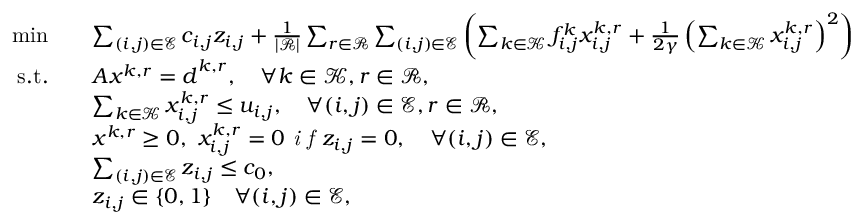
\begin{array} { r l r } { \operatorname* { m i n } \quad } & { \sum _ { ( i , j ) \in \mathcal { E } } c _ { i , j } z _ { i , j } + \frac { 1 } { | \mathcal { R } | } \sum _ { r \in \mathcal { R } } \sum _ { ( i , j ) \in \mathcal { E } } \left( \sum _ { k \in \mathcal { K } } f _ { i , j } ^ { k } x _ { i , j } ^ { k , r } + \frac { 1 } { 2 \gamma } \left( \sum _ { k \in \mathcal { K } } x _ { i , j } ^ { k , r } \right) ^ { 2 } \right) } & \\ { \mathrm { s . t . } \quad } & { \boldsymbol { A } \boldsymbol { x } ^ { k , r } = \boldsymbol { d } ^ { k , r } , \quad \forall k \in \mathcal { K } , r \in \mathcal { R } , } \\ { \quad } & { \sum _ { k \in \mathcal { K } } x _ { i , j } ^ { k , r } \leq u _ { i , j } , \quad \forall ( i , j ) \in \mathcal { E } , r \in \mathcal { R } , } \\ & { \boldsymbol { x } ^ { k , r } \geq 0 , \ x _ { i , j } ^ { k , r } = 0 \textit { i f } z _ { i , j } = 0 , \quad \forall ( i , j ) \in \mathcal { E } , } \\ { \quad } & { \sum _ { ( i , j ) \in \mathcal { E } } z _ { i , j } \leq c _ { 0 } , } \\ { \quad } & { z _ { i , j } \in \{ 0 , 1 \} \quad \forall ( i , j ) \in \mathcal { E } , } \end{array}